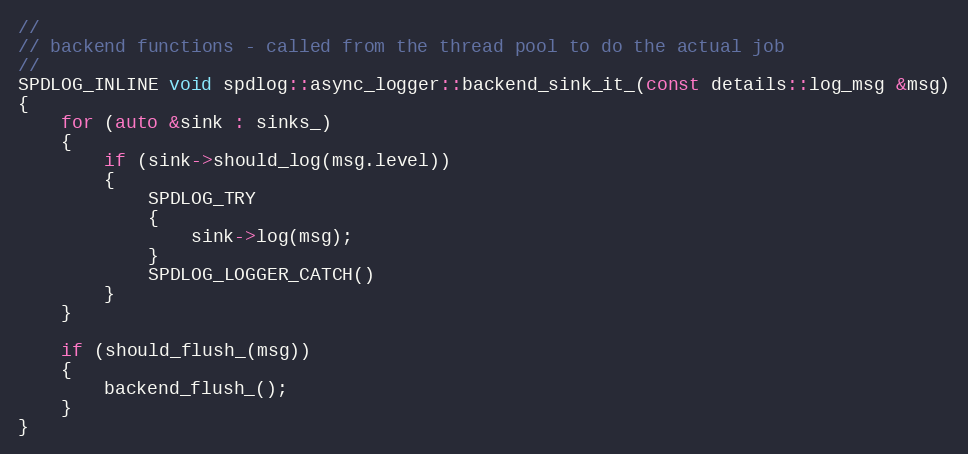
Language: C
//
// backend functions - called from the thread pool to do the actual job
//
SPDLOG_INLINE void spdlog::async_logger::backend_sink_it_(const details::log_msg &msg)
{
    for (auto &sink : sinks_)
    {
        if (sink->should_log(msg.level))
        {
            SPDLOG_TRY
            {
                sink->log(msg);
            }
            SPDLOG_LOGGER_CATCH()
        }
    }

    if (should_flush_(msg))
    {
        backend_flush_();
    }
}